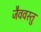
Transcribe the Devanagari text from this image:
जैववस्तु